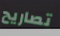
تصاريح